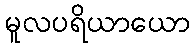
မူလပရိယာယော